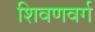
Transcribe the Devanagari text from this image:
शिवणवर्ग